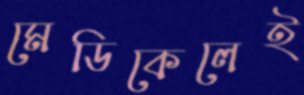
মেডিকেলেই